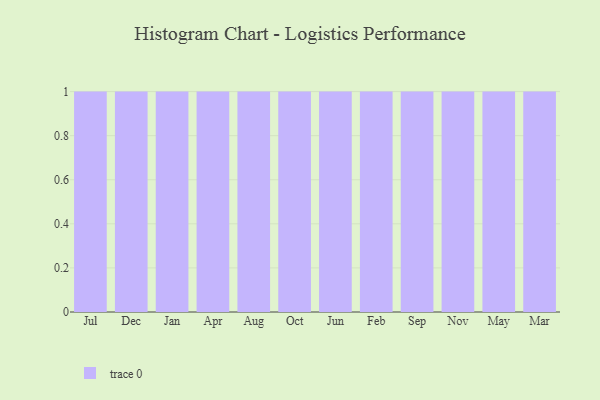
{"axis": {"x": "Month", "y": "Active Users"}, "legend": [""], "data": [{"x": "Jul", "y": 18, "type": ""}, {"x": "Dec", "y": 40, "type": ""}, {"x": "Jan", "y": 22, "type": ""}, {"x": "Apr", "y": 86, "type": ""}, {"x": "Aug", "y": 1, "type": ""}, {"x": "Oct", "y": 9, "type": ""}, {"x": "Jun", "y": 76, "type": ""}, {"x": "Feb", "y": 34, "type": ""}, {"x": "Sep", "y": 94, "type": ""}, {"x": "Nov", "y": 14, "type": ""}, {"x": "May", "y": 10, "type": ""}, {"x": "Mar", "y": 100, "type": ""}]}